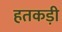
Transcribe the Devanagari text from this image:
हतकड़ी